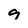
Character: g